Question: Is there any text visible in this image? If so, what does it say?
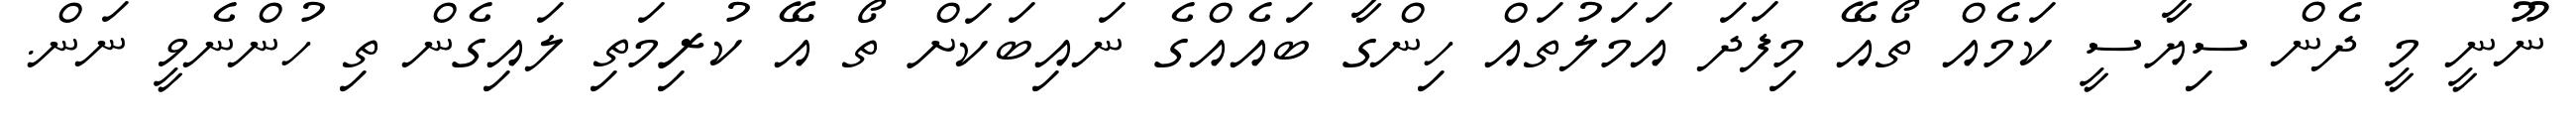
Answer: ނޫނީ މީ ދެން ސިޔާސީ ކަމެއް ތޯއޭ މިފަދަ އަމަލުތައް ހިންގާ ބައެއްގެ ނައިބަކަށް ތޯ އޭ ކުރިމަތި ލައިގެން ތި ހުންނެވީ ނަން.